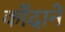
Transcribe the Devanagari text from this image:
कोंदाने